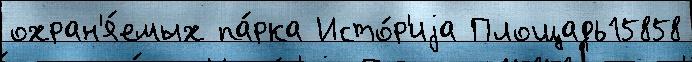
охран'я́емых па́рка Исто́р'иjа Площадь15858